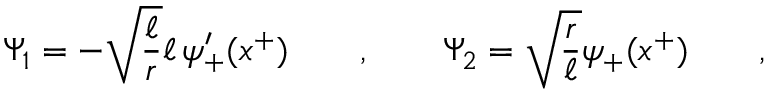
\Psi _ { 1 } = - \sqrt { \frac \ell r } \ell \, \psi _ { + } ^ { \prime } ( x ^ { + } ) \qquad , \qquad \Psi _ { 2 } = \sqrt { \frac r \ell } \psi _ { + } ( x ^ { + } ) \qquad ,